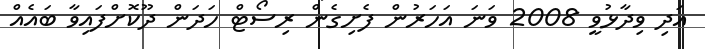
އަދި ވިދާޅުވީ 2008 ވަނަ އަހަރުން ފެށިގެން ރިސޯޓް ހަދަން ދޫކޮށްފައިވާ ބައެއް